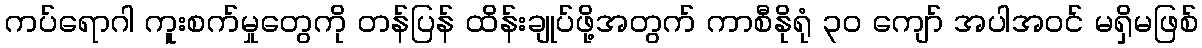
ကပ်ရောဂါ ကူးစက်မှုတွေကို တန်ပြန် ထိန်းချုပ်ဖို့အတွက် ကာစီနိုရုံ ၃၀ ကျော် အပါအဝင် မရှိမဖြစ်